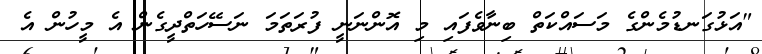
"އަޅުގަނޑުމެންގެ މަސައްކަތް ބިނާވެފައި މި އޮންނަނީ ފުރަތަމަ ނަސޭހަތްދީގެން އެ މީހުން އެ